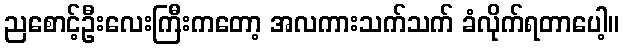
ညစောင့်ဦးလေးကြီးကတော့ အလကားသက်သက် ခံလိုက်ရတာပေါ့။